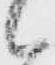
候